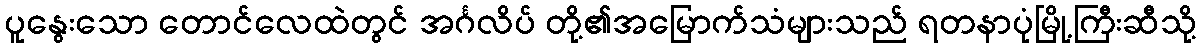
ပူနွေးသော တောင်လေထဲတွင် အင်္ဂလိပ် တို့၏အမြောက်သံများသည် ရတနာပုံမြို့ကြီးဆီသို့